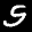
Label: 5